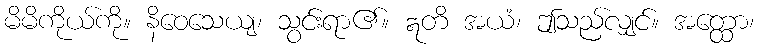
မိမိကိုယ်ကို။ နိဝေသေယျ၊ သွင်းရာ၏။ ဣတိ အယံ၊ ဤသည်လျှင်။ အတ္ထော၊